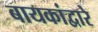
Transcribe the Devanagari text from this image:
बायकांद्वारे